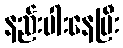
နည်းပါးနေပြီး